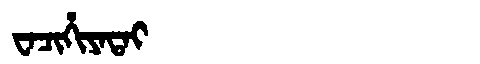
Manchu: ᠸᠠᠴᡳᡥᡳᠶᠠᡨᠠᡳ
Romanization: WACIHIYATAI